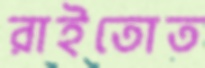
রাইতোত